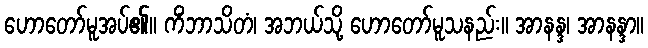
ဟောတော်မူအပ်၏။ ကိံဘာသိတံ၊ အဘယ်သို့ ဟောတော်မူသနည်း။ အာနန္ဒ၊ အာနန္ဒာ။